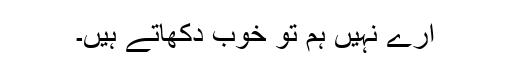
ارے نہیں ہم تو خوب دکھاتے ہیں۔